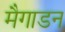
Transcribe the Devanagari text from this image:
मैगाडन